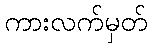
ကားလက်မှတ်